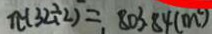
\pi ( 3 2 \div 2 ) = 8 0 3 . 8 4 ( m ^ { 2 } )